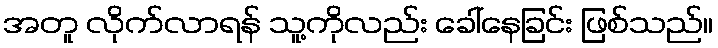
အတူ လိုက်လာရန် သူ့ကိုလည်း ခေါ်နေခြင်း ဖြစ်သည်။